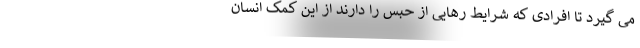
می گیرد تا افرادی که شرایط رهایی از حبس را دارند از این کمک انسان